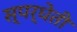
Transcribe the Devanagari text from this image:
स्पर्धेती